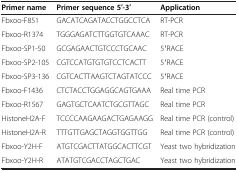
<table><thead><tr><td><b>Primer name</b></td><td><b>Primer sequence 5′-3′</b></td><td><b>Application</b></td></tr></thead><tbody><tr><td>Fbxoo-F851</td><td>GACATCAGATACCTGGCCTCA</td><td>RT-PCR</td></tr><tr><td>Fbxoo-R1374</td><td>TGGGAGATCTTGGTGTCAAAC</td><td>RT-PCR</td></tr><tr><td>Fbxoo-SP1-50</td><td>GCGAGAACTGTCCCTGCAAC</td><td>5′RACE</td></tr><tr><td>Fbxoo-SP2-105</td><td>CGTCCATGTGTGTCCTCACTT</td><td>5′RACE</td></tr><tr><td>Fbxoo-SP3-136</td><td>CGTCACTTAAGTCTAGTATCCC</td><td>5′RACE</td></tr><tr><td>Fbxoo-F1436</td><td>CTCTACCTGGAGGCAGTGAAA</td><td>Real time PCR</td></tr><tr><td>Fbxoo-R1567</td><td>GAGTGCTCAATCTGCGTTAGC</td><td>Real time PCR</td></tr><tr><td>HistoneH2A-F</td><td>TCCCCAAGAAGACTGAGAAGG</td><td>Real time PCR (control)</td></tr><tr><td>HistoneH2A-R</td><td>TTTGTTGAGCTAGGTGGTTGG</td><td>Real time PCR (control)</td></tr><tr><td>Fbxoo-Y2H-F</td><td>ATGTCGACTTATGGCACTTCGT</td><td>Yeast two hybridization</td></tr><tr><td>Fbxoo-Y2H-R</td><td>ATATGTCGACCTAGCTGAC</td><td>Yeast two hybridization</td></tr></tbody></table>